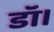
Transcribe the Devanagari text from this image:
डॉ।